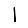
Digit: 1